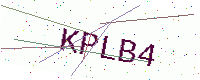
Text: KPLB4